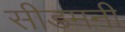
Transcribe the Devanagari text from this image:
सीडमनी